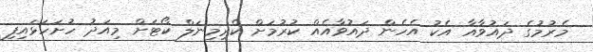
މެރުމުގެ ދައުވާއާ އެކު އެހެން ދައުވާއެއް ކުރުމަށް ކްރިމިނަލް ކޯޓަށް މިއަދު ހުށަހަޅައިފި